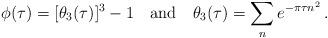
LaTeX: \begin{align*}\phi (\tau) = [\theta_3(\tau)]^3 - 1 \quad \mbox{and} \quad \theta_3(\tau) = \sum_n e^{-\pi \tau n^2} \, .\end{align*}